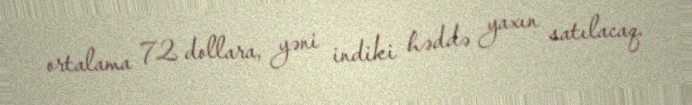
ortalama 72 dollara, yəni indiki həddə yaxın satılacaq.